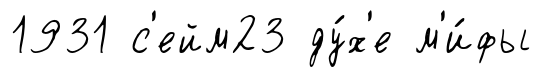
1931 с'ейм23 ду́х'е м'и́фы